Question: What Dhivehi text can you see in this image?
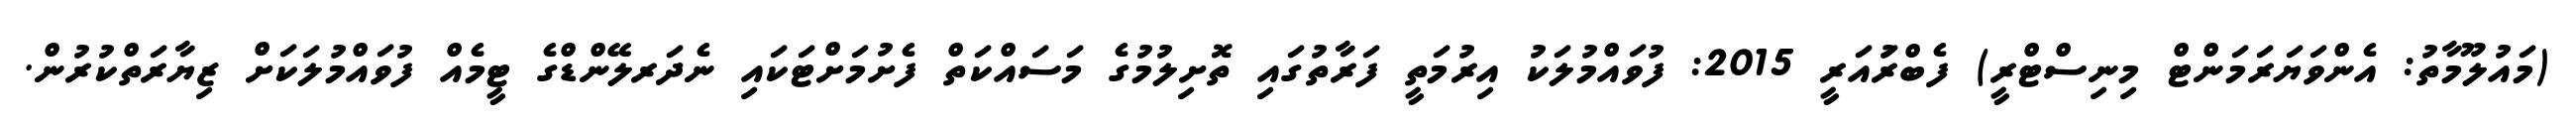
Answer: (މައުލޫމާތު: އެންވަޔަރަމަންޓް މިނިސްޓްރީ) ފެބްރުައަރީ 2015: ފުވައްމުލަކު އިރުމަތީ ފަރާތުގައި ތޮށިލުމުގެ މަސައްކަތް ފެށުމަށްޓަކައި ނެދަރލޭންޑްގެ ޓީމެއް ފުވައްމުލަކަށް ޒިޔާރަތްކުރުން.